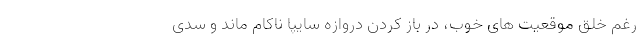
رغم خلق موقعیت های خوب، در باز کردن دروازه سایپا ناکام ماند و سدی